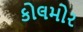
કોલમોર